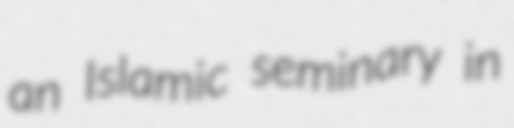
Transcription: an Islamic seminary in